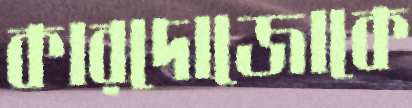
কারদোজোকে